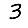
Digit: 3